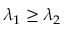
\lambda _ { 1 } \ge \lambda _ { 2 }